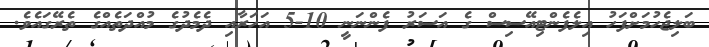
ބަލިޖެހުމަށްފަހު އިލެފެންޓިއޭސިސް ގެ އަސަރު ފެންނަނީ 10-5 އަހަރާއި ދެމެދުގެ މުއްދަތެއްގެ ތެރޭގައެވެ.